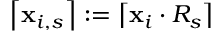
\left\lceil \mathbf { x } _ { i , s } \right\rceil : = \left\lceil \mathbf { x } _ { i } \cdot R _ { s } \right\rceil